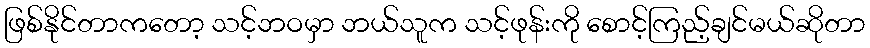
ဖြစ်နိုင်တာကတော့ သင့်ဘဝမှာ ဘယ်သူက သင့်ဖုန်းကို စောင့်ကြည့်ချင်မယ်ဆိုတာ